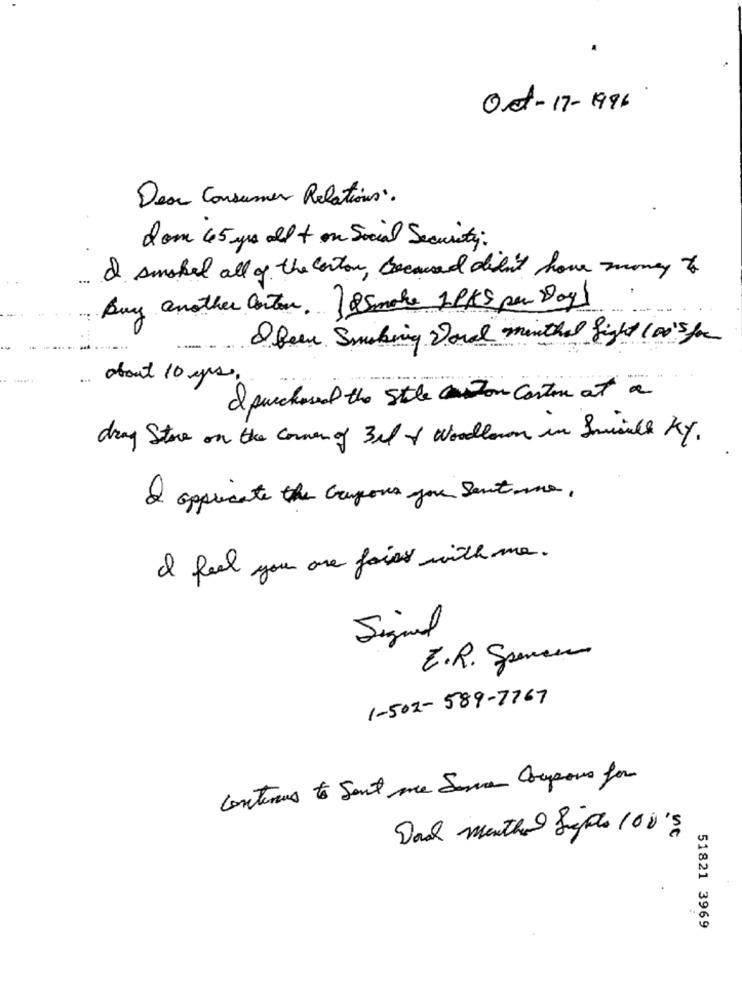
Oct-17-1996
Dear Consumer Relations.
dom 45 yrs allt on Social Security.
& smoked all of the corton, becaused didn't have money to
Buy another conton. (85 make 1PAS per Dag)
S been Smoking Doval minthal fight 10015 for
...
about 10 yrs,
I purchased the stile canton canton at a
day Store on the coming 3rd & Wodlawn in Inicial KY.
I appreciate the Grupous you sent me,
I feel you are fais with me.
Signal
E.R. Spemann
1-502-589-7767
continue to Sent me Serve Coupons for
Doel menthol Lyfts 100's
51821 3969